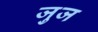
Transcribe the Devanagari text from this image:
जुज